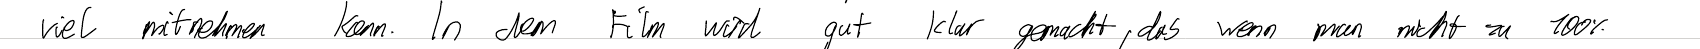
viel mitnehmen kann. In dem Film wird gut klar gemacht, das wenn man nicht zu 100%